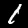
Label: 1